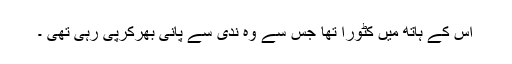
اس کے ہاتھ میں کٹورا تھا جس سے وہ ندی سے پانی بھرکرپی رہی تھی ۔